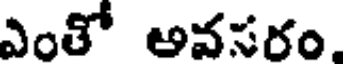
ఎంతో అవసరం.